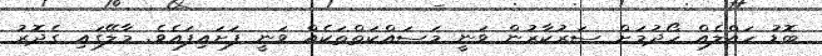
ބޮޑު ހައްލެއް ހޯދުމަށް ސަރުކާރުން ވަނީ މަސައްކަތްތަކެއް ވަނީ ފަށައިފައެވެ. މާލޭގައި ގެދޮރު